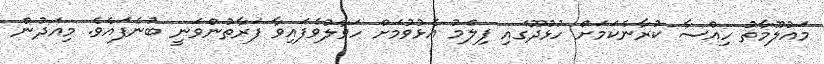
މައުލޫމާތު ހިއްސާ ކުރާނެކަމަށް ހުޅުދޫގައި ފިލްމު އެޅުވުމަށް ހަވާލުވެފައިވާ ފަރާތުންވަނީ ބުނެފައެވެ. މިއަދުން